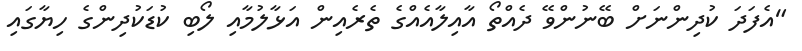
"އެފަދަ ކުދިންނަށް ބޭނުންވޭ ދެއްތޯ އާއިލާއެއްގެ ތެރެއިން އަޅާލުމާއި ލޯބި ކުޑަކުދިންގެ ހިޔާގައި